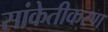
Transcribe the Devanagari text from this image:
सांकेतीकरण